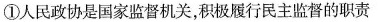
①人民政协是国家监督机关，积极履行民主监督的职责